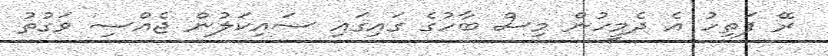
ރޭ ފަތިހު އެ ދެމީހުން މިސް ބާހުގެ ގައިގައި ސައިކަލުން ޖެއްސި ވަގުތު